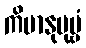
ကိမာနုပုဗ္ဗံ